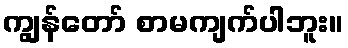
ကျွန်တော် စာမကျက်ပါဘူး။